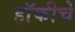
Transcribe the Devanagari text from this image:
हाॅकीचे